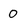
Character: 0